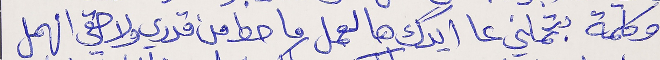
وكلمة بتحملني عا ايدك هالعمل ما حط من قدري ولا حقي انهمل